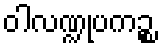
ဝါလဏ္ဍုပကဉ္စ